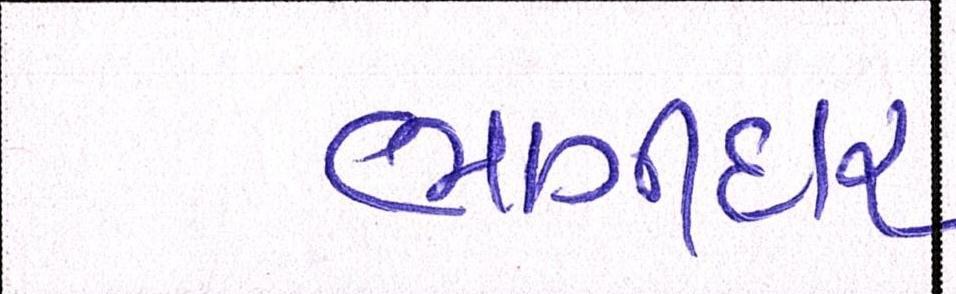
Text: ભાગીદાર